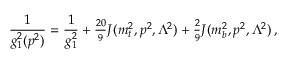
{ \frac { 1 } { g _ { 1 } ^ { 2 } ( p ^ { 2 } ) } } = { \frac { 1 } { g _ { 1 } ^ { 2 } } } + { \textstyle { \frac { 2 0 } { 9 } } } { \cal J } ( m _ { t } ^ { 2 } , p ^ { 2 } , \Lambda ^ { 2 } ) + { \textstyle { \frac { 2 } { 9 } } } { \cal J } ( m _ { b } ^ { 2 } , p ^ { 2 } , \Lambda ^ { 2 } ) \, ,